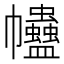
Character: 𧖂